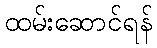
ထမ်းဆောင်ရန်